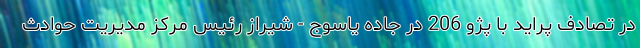
در تصادف پراید با پژو 206 در جاده یاسوج - شیراز رئیس مرکز مدیریت حوادث